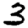
Digit: 3